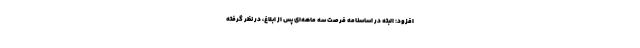
افزود: البته در اساسنامه فرصت سه ماهه‌ای پس از ابلاغ، در نظر گرفته